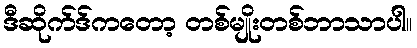
ဒီဆိုက်ဒ်ကတော့ တစ်မျိုးတစ်ဘာသာပါ။